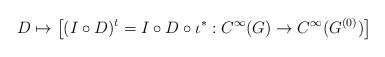
LaTeX: \begin{align*} D \mapsto \left[ (I\circ D)^t = I \circ D\circ \iota^* : C^\infty(G) \to C^\infty(G^{(0)}) \right] \end{align*}